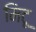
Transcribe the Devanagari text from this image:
मिटू